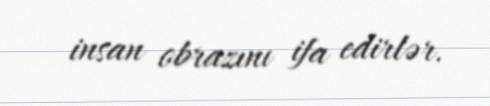
insan obrazını ifa edirlər.